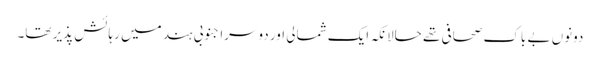
دونوں بے باک صحافی تھے حالانکہ ایک شمالی اور دوسرا جنوبی ہند میں رہائش پذیر تھا۔